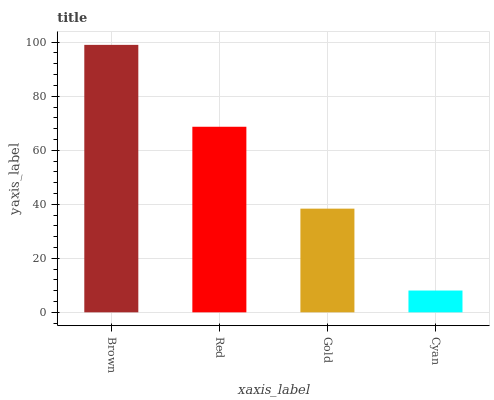
| xaxis_label | bars |
 | --- | --- |
 | Brown | 99 |
 | Red | 68.7 |
 | Gold | 38.4 |
 | Cyan | 8.07 |